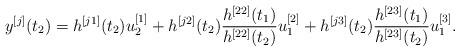
LaTeX: \begin{align*}{y^{[j]}}({t_2}) = {h^{[j1]}}({t_2})u_2^{[1]} + {h^{[j2]}}({t_2})\frac{{{h^{[22]}}({t_1})}}{{{h^{[22]}}({t_2})}}u_1^{[2]}+ {h^{[j3]}}({t_2})\frac{{{h^{[23]}}({t_1})}}{{{h^{[23]}}({t_2})}}u_1^{[3]}.\end{align*}